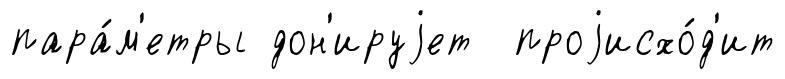
пара́м'етры дон'ируjет проjисхо́д'ит